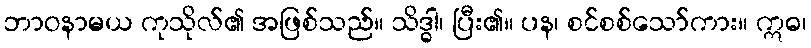
ဘာဝနာမယ ကုသိုလ်၏ အဖြစ်သည်။ သိဒ္ဓါ၊ ပြီး၏။ ပန၊ စင်စစ်သော်ကား။ ဣဓ၊